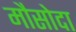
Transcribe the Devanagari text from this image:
मौसोदा